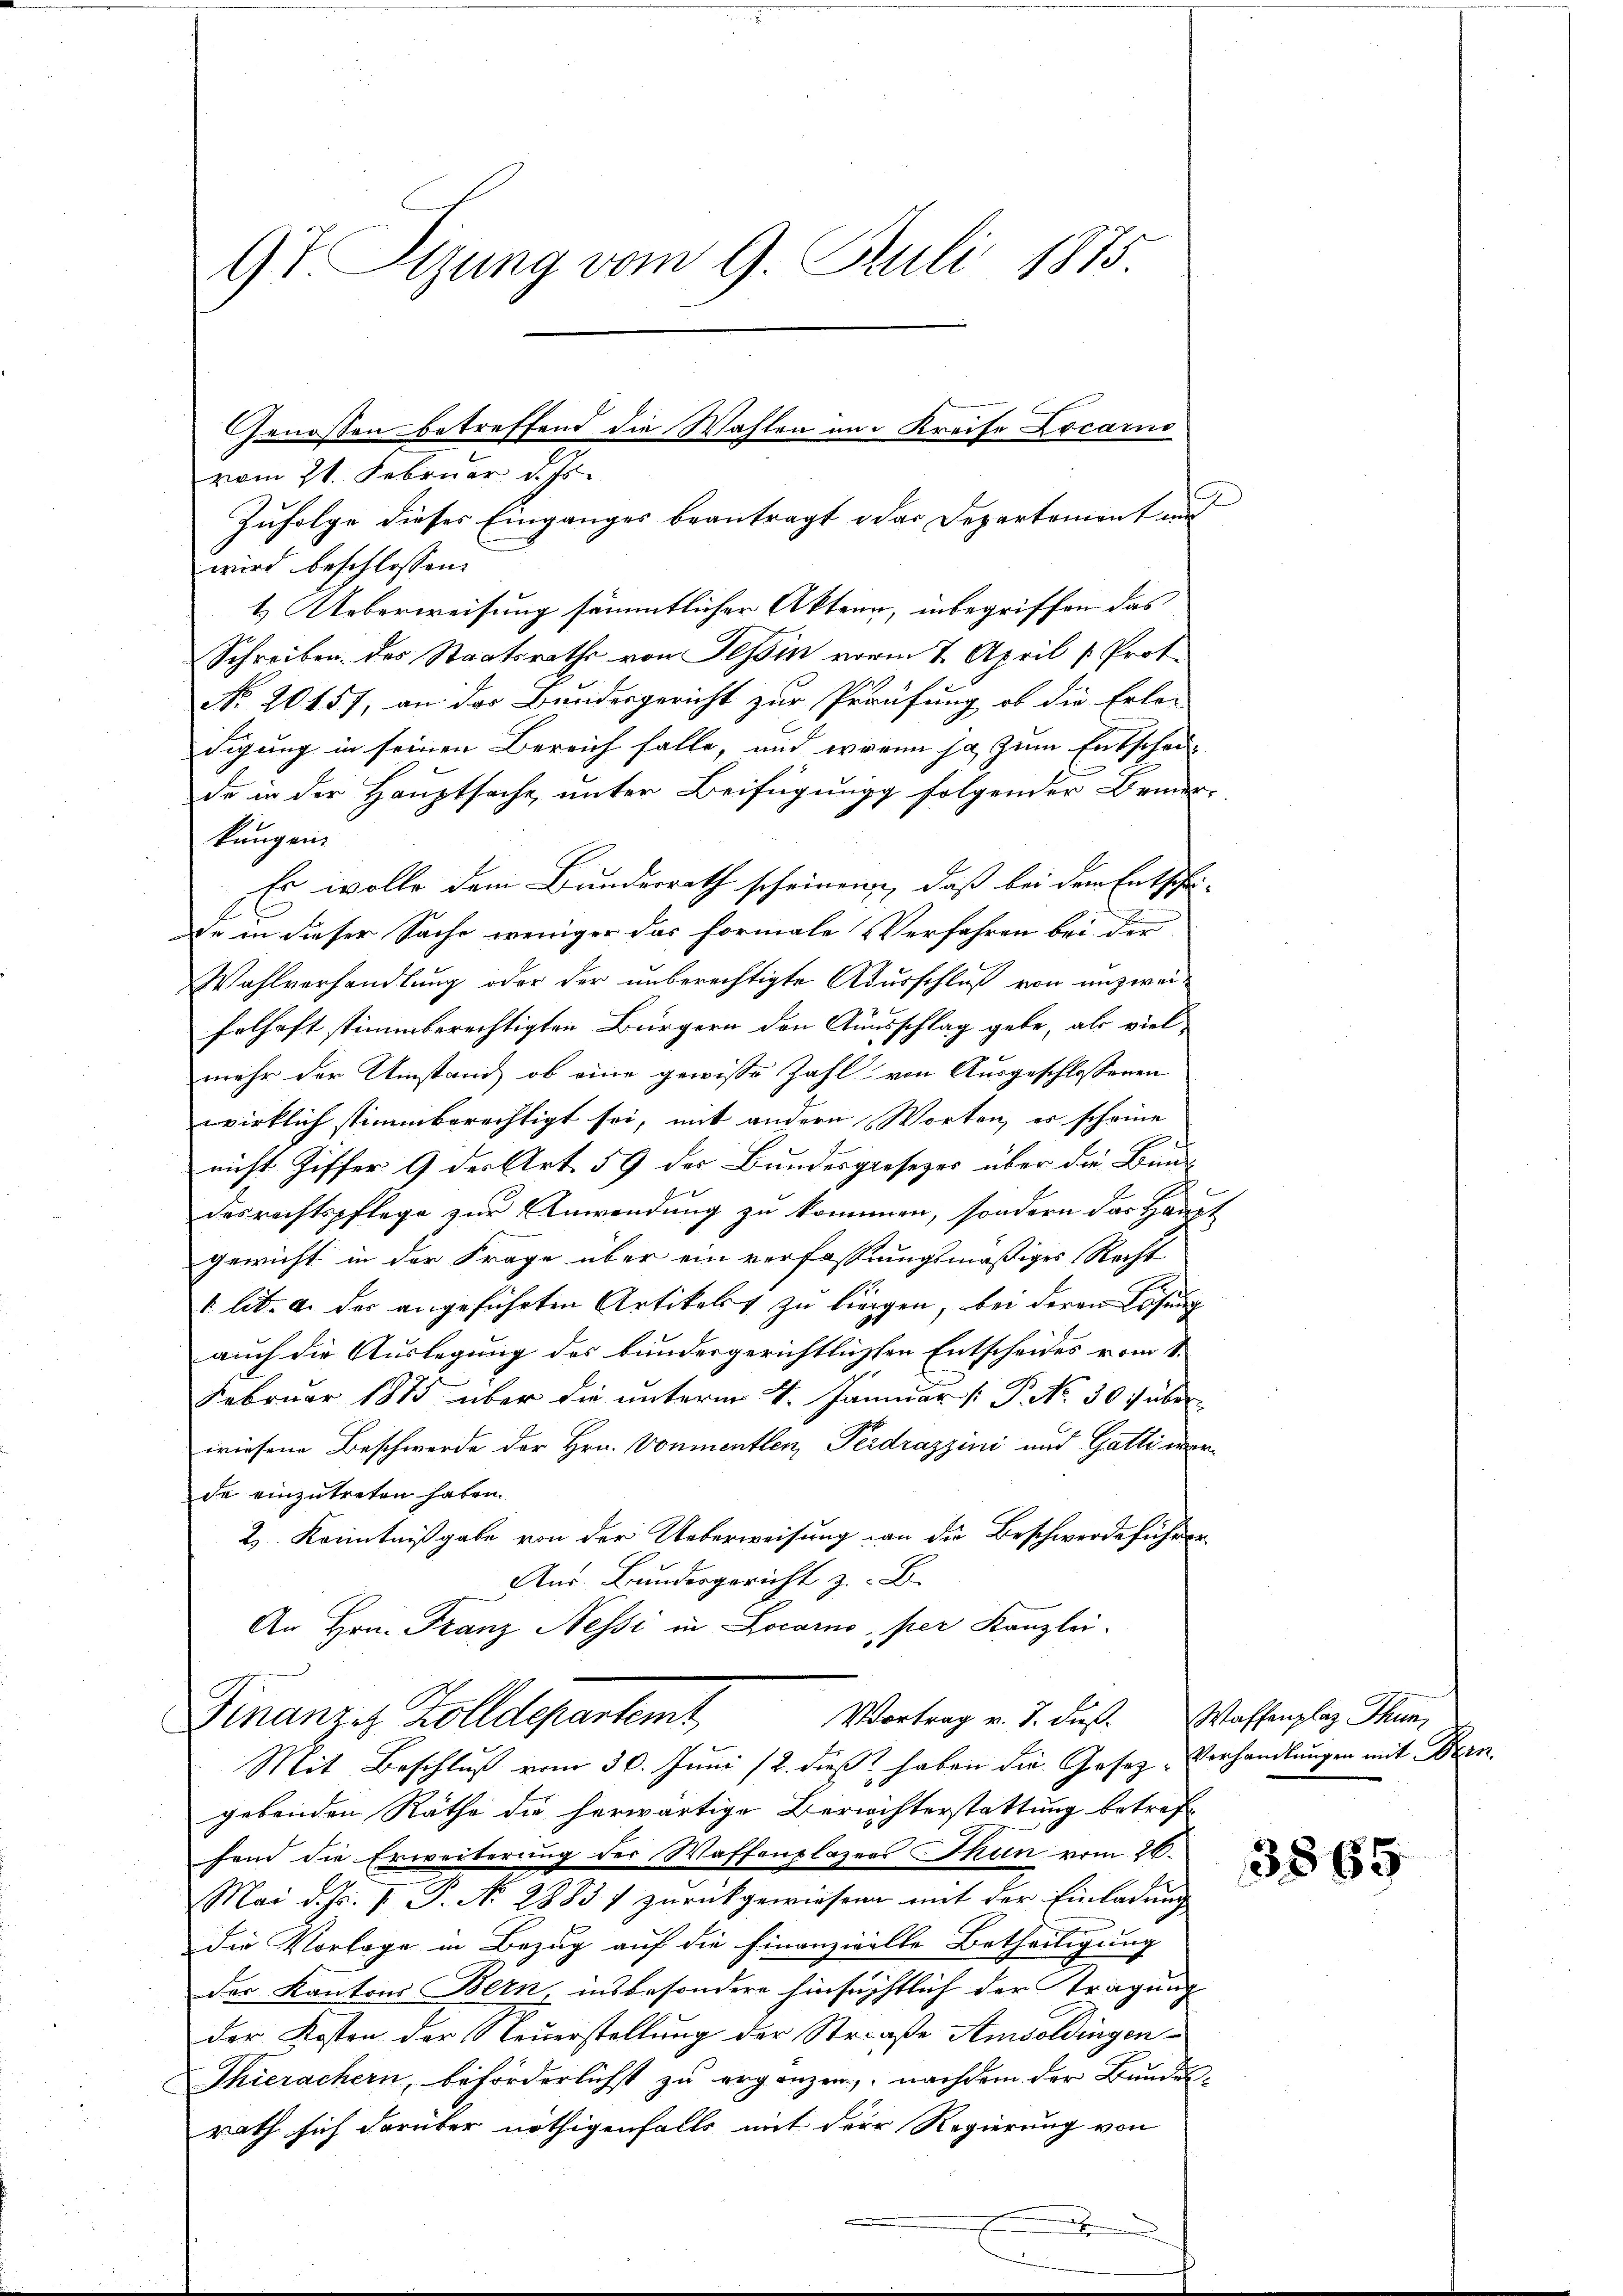
97 Sizung vom 9. Juli 1875.
Genossen betreffend die Wahlen am Kreise Locarno
vom 21. Februar d. Js.

Zufolge dieses Einganges beantragt das Departement aus
wird beschlossen:
1.) Ueberweisung sämmtlicher Akten, inbegriffen das
Schreiben. des Staatsraths von Tessin vorm 7. April [Prot
No 20157, an das Bundesgericht zur Präufung ob die Erle-
digung in seinen Bereich falle, und wenn ja zum Entschei-
de in der Hauptsache, unter Beifügung folgender Bemer-
kungen.
Er wolle dem Bundesrath scheinen, daß bei dem Entschei-
de in dieser Sache weniger das formale Verfahren bei der
Wahlverhandlung oder der unberechtigte Ausschluß von unzweifelhaft stimmberechtigten Bürgern den Ausschlag gebe, als viel
mehr der Umstand ob eine gewisse Zahl von Ausgeschlossenen
wirklich stimmberechtigt sei, mit andern Worten, es scheine
E
nicht Ziffer 9 der Art. 59 der Bundesgesezes über die Bundesrechtspflege zur Anwendung zu kommen, sondern das Haupt
gewicht in der Frage über ein verfassungsmäßiges Recht
1 lit. a. der angeführten Artikelst zu liegen, bei deren Lösung
auch die Auslegung des bundergerichtlichten Entscheides vom 1.
Februar 1885 über die unterm 4. Januar /: P. No. 30. über
wiesene Beschwerde der Hrn. Vonmentlen, Perdrazzini und Gattinerde einzutreten haben.
2) Kenntnißgabe von der Ueberweisung an die Beschwerdeführer
Aus Bundesgericht z. B.
An Hrn. Franz Nessi in Locarno, per Kanzlei-
Vortrag v. J. dieß. Waffenplaz Thun,
Finanze Zolldepartemt
Mit Beschluß vom 30. Juni /2. dieß haben die Gesez Verhandlungen mit Bern
gebenden Räthe die herwärtige Berichterstattung betreffend die Erweiterung der Waffenplazers Thun vom 20.
Mai d. Js. f. P. Nr. 28831 zurückgewiesen mit der Einladung
die Vorlage in Bezug auf die Finanzielle Betheiligung
der Kantons Bern, insbesondere hinsichtlich der Stragung
der Kosten der Steuerstellung der Straße Amboldingen¬
Thierachern, beförderlichst zu ergänzen, nachdem der Bundes-
rath sich darüber nöthigenfalls mit der Regierung von
.

|

3865